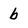
Character: b